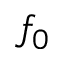
f _ { 0 }